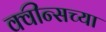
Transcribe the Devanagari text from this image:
क्वीन्सच्या